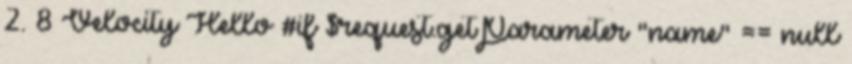
2. 8 Velocity Hello #if $request.getParameter "name" == null